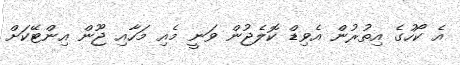
އެ ކޯހުގެ އިތުރުން އެވިޑް ކޮލެޖުން ވަނީ މެއި މަހާއި ޖޫން އިންޓޭކަށް